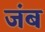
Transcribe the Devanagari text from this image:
जंब